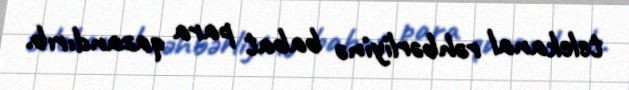
telekanal rəhbərliyinə babat para qazandırıb.